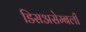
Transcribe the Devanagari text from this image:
डिसअसेम्बली